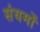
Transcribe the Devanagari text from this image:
संयमों